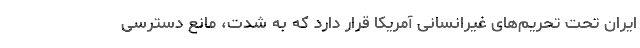
ایران تحت تحریم‌های غیرانسانی آمریکا قرار دارد که به شدت، مانع دسترسی